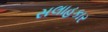
સલાહકાર